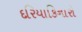
દરિયાકિનારો